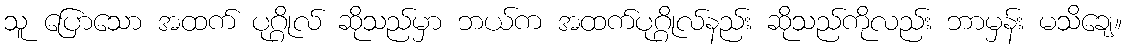
သူ ပြောသော အထက် ပုဂ္ဂိုလ် ဆိုသည်မှာ ဘယ်က အထက်ပုဂ္ဂိုလ်နည်း ဆိုသည်ကိုလည်း ဘာမှန်း မသိချေ။